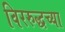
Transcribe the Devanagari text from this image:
विररुद्धच्या